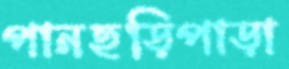
পানছড়িপাড়া